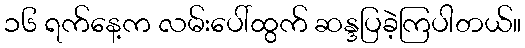
၁၆ ရက်နေ့က လမ်းပေါ်ထွက် ဆန္ဒပြခဲ့ကြပါတယ်။